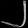
Digit: ၂